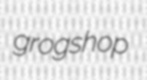
grogshop